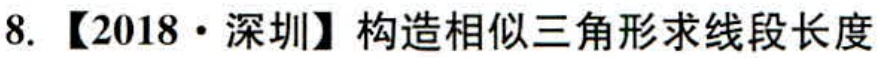
8. 【2018·深圳】构造相似三角形求线段长度